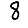
Digit: 8